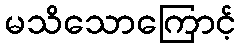
မသိသောကြောင့်